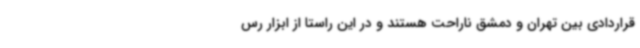
قراردادی بین تهران و دمشق ناراحت هستند و در این راستا از ابزار رس